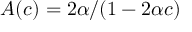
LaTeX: A ( c ) = 2 \alpha / ( 1 - 2 \alpha c )